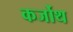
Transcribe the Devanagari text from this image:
कर्जोथ